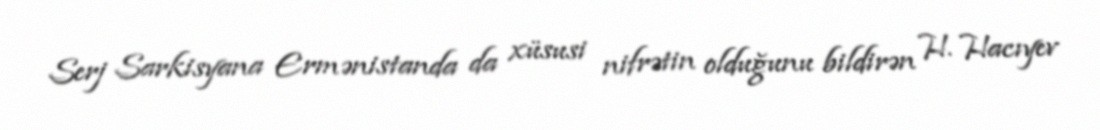
Serj Sarkisyana Ermənistanda da xüsusi nifrətin olduğunu bildirən H. Hacıyev